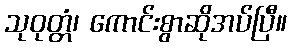
သုဝုတ္တံ၊ ကောင်းစွာဆိုအပ်ပြီ။